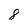
Character: 8